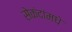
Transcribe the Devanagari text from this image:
सेकंदांमधे